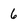
Character: 6